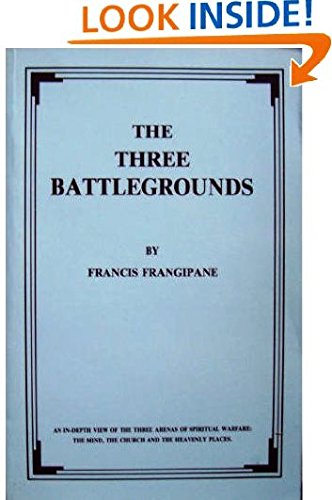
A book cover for The Three Battlegrounds: An In-Depth View of the Three Arenas of  Spiritual Warfare: The Mind, The Church and the Heavenly Places; Francis Frangipane; Engineering & Transportation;